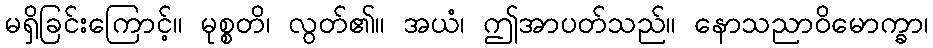
မရှိခြင်းကြောင့်။ မုစ္စတိ၊ လွတ်၏။ အယံ၊ ဤအာပတ်သည်။ နောသညာဝိမောက္ခာ၊